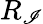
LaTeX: R_{\mathscr{I}}